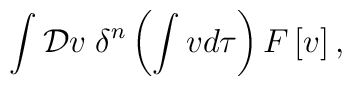
\int {\cal D}v \; \delta^{n}\left(\int v d\tau \right)F\left[v\right] ,